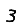
Digit: 3